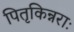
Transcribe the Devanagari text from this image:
पितृकिन्नराः